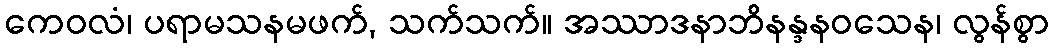
ကေဝလံ၊ ပရာမသနမဖက်, သက်သက်။ အဿာဒနာဘိနန္ဒနဝသေန၊ လွန်စွာ